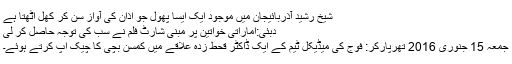
شیخ رشید آذربائیجان میں موجود ایک ایسا پھول جو اذان کی آواز سُن کر کھل اٹھتا ہے
دبئی:اماراتی خواتین پر مبنی شارٹ فلم نے سب کی توجہ حاصل کر لی
جمعہ 15 جنوری 2016 تھرپارکر: فوج کی میڈیکل ٹیم کے ایک ڈاکٹر قحط زدہ علاقے میں کمسن بچی کا چیک اپ کرتے ہوئے۔